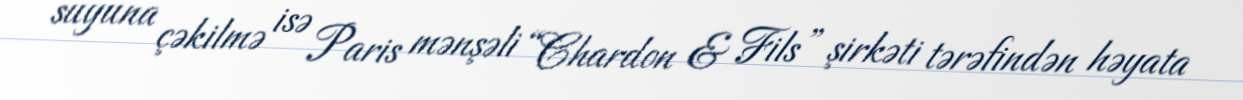
suyuna çəkilmə isə Paris mənşəli “Chardon & Fils” şirkəti tərəfindən həyata